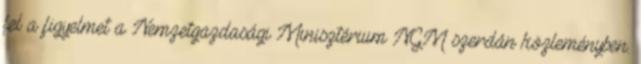
fel a figyelmet a Nemzetgazdasági Minisztérium NGM szerdán közleményben.